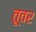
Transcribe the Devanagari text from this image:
तूवर